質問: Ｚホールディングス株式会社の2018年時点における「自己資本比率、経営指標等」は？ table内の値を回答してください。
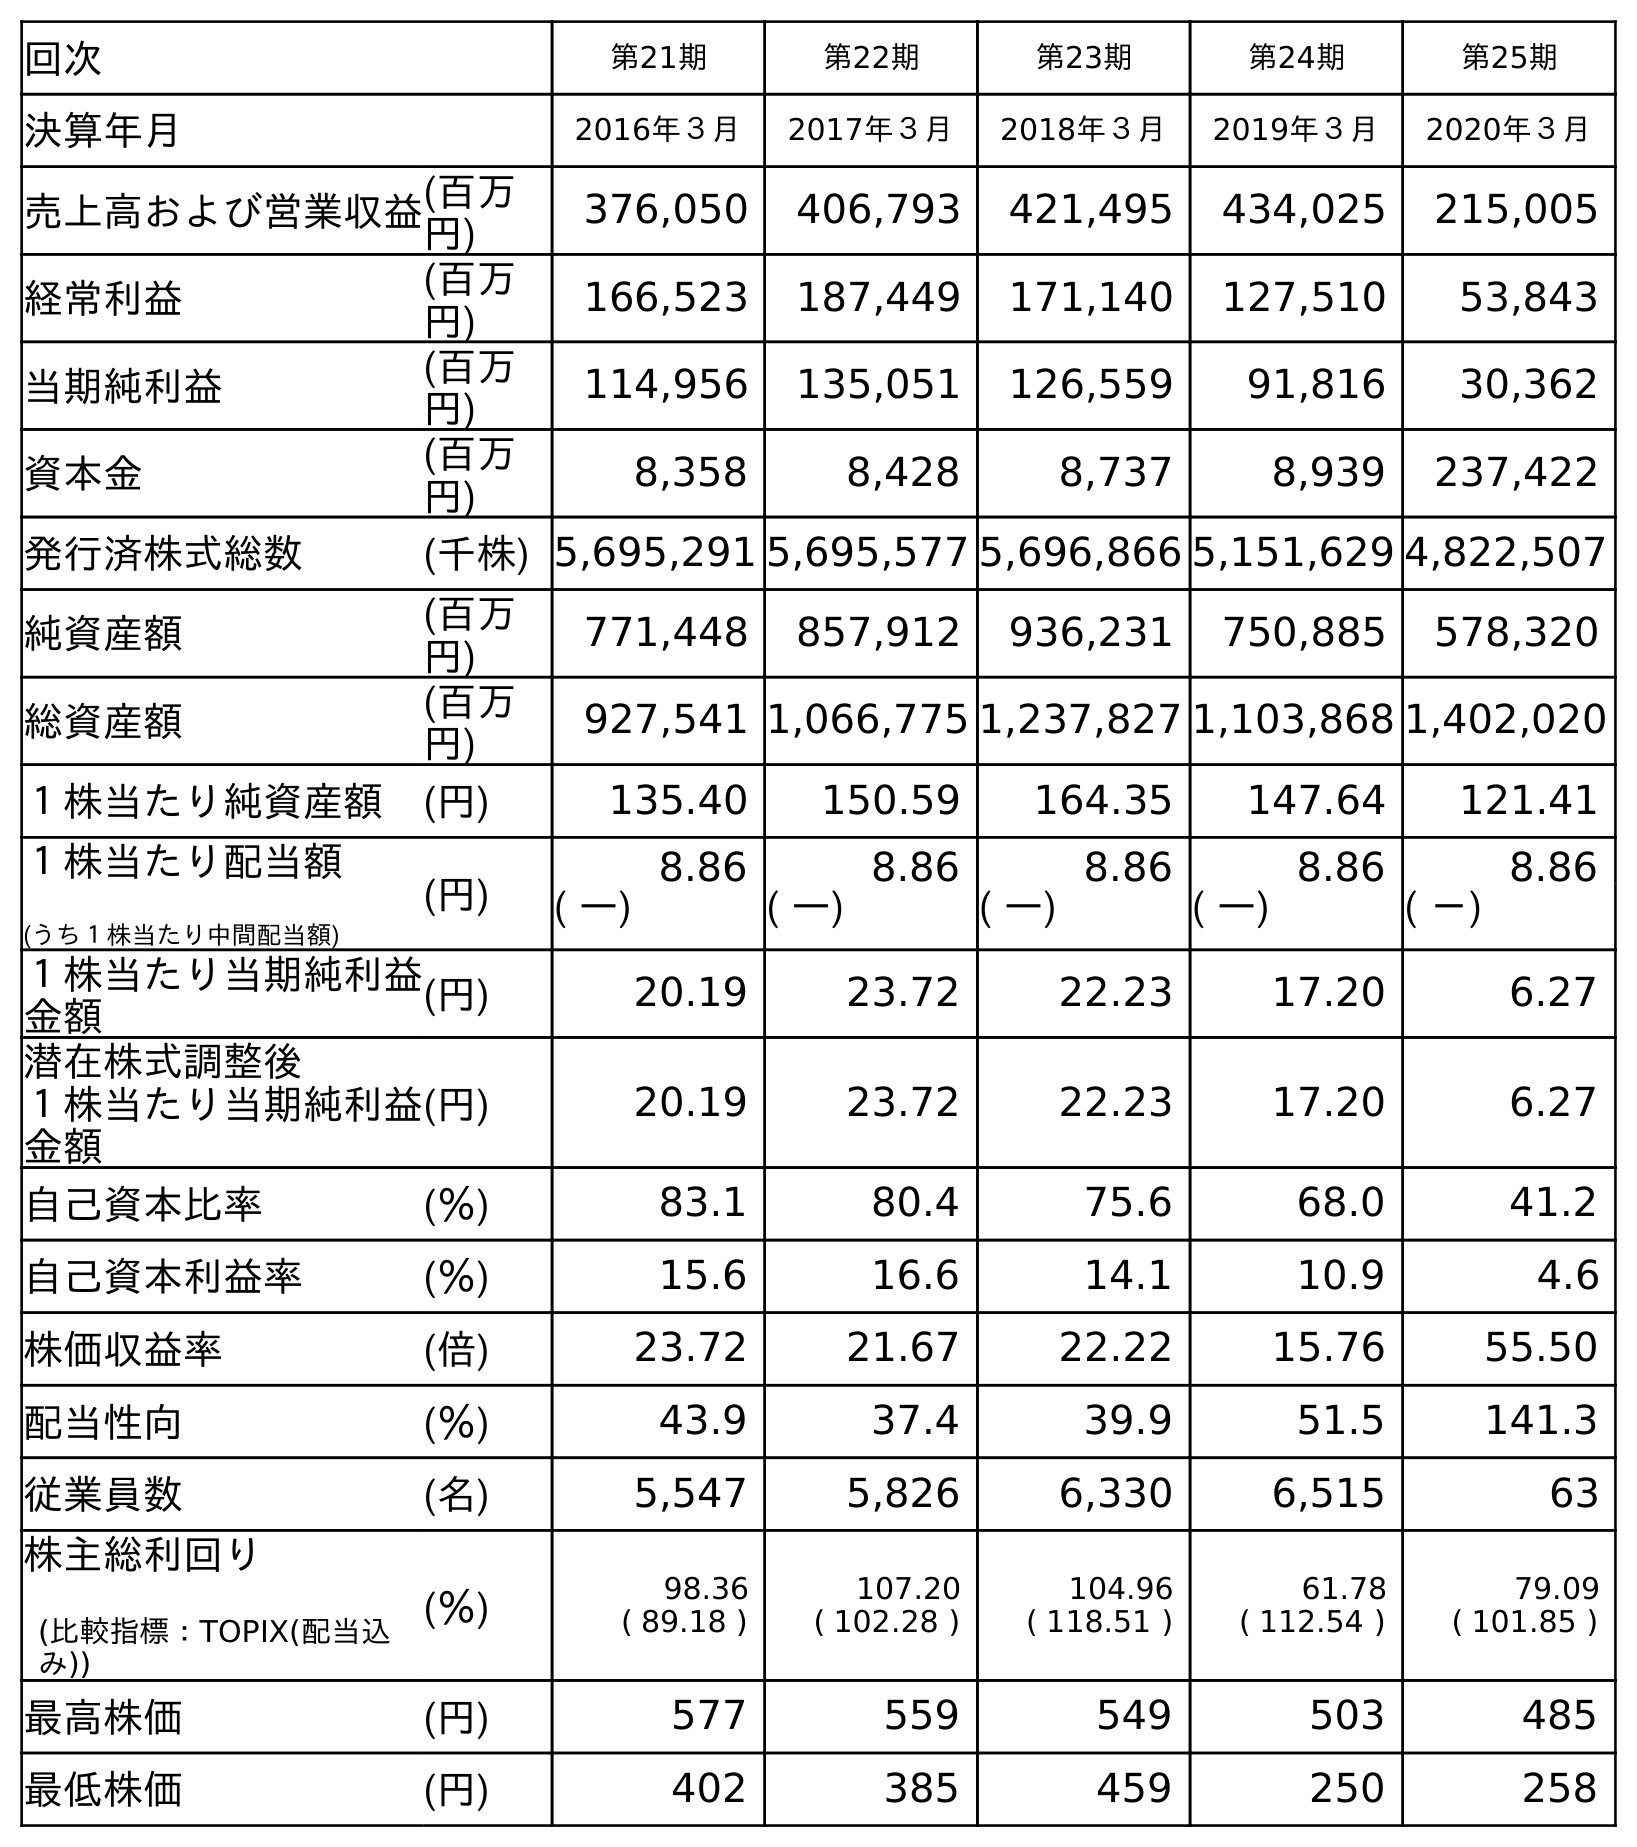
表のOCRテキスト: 回次 第21期 第22期 第23期 第24期 第25期 決算年月 2016年３月 2017年３月 2018年３月 2019年３月 2020年３月 売上高および営業収益(百万 円) 376,050 406,793 421,495 434,025 215,005 経常利益 (百万 円) 166,523 187,449 171,140 127,510 53,843 当期純利益 (百万 円) 114,956 135,051 126,559 91,816 30,362 資本金 (百万 円) 8,358 8,428 8,737 8,939 237,422 発行済株式総数 (千株) 5,695,291 5,695,577 5,696,866 5,151,629 4,822,507 純資産額 (百万 円) 771,448 857,912 936,231 750,885 578,320 総資産額 (百万 円) 927,541 1,066,775 1,237,827 1,103,868 1,402,020 １株当たり純資産額 (円) 135.40 150.59 164.35 147.64 121.41 １株当たり配当額 (うち１株当たり中間配当額) (円) 8.86 8.86 8.86 8.86 8.86 ( ―) ( ―) ( ―) ( ―) ( －) １株当たり当期純利益 金額 (円) 20.19 23.72 22.23 17.20 6.27 潜在株式調整後 １株当たり当期純利益 金額 (円) 20.19 23.72 22.23 17.20 6.27 自己資本比率 (％) 83.1 80.4 75.6 68.0 41.2 自己資本利益率 (％) 15.6 16.6 14.1 10.9 4.6 株価収益率 (倍) 23.72 21.67 22.22 15.76 55.50 配当性向 (％) 43.9 37.4 39.9 51.5 141.3 従業員数 (名) 5,547 5,826 6,330 6,515 63 株主総利回り (比較指標：TOPIX(配当込 み)) (％) 98.36 ( 89.18 ) 107.20 ( 102.28 ) 104.96 ( 118.51 ) 61.78 ( 112.54 ) 79.09 ( 101.85 ) 最高株価 (円) 577 559 549 503 485 最低株価 (円) 402 385 459 250 258
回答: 75.6